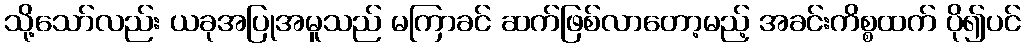
သို့သော်လည်း ယခုအပြုအမူသည် မကြာခင် ဆက်ဖြစ်လာတော့မည့် အခင်းကိစ္စထက် ပို၍ပင်